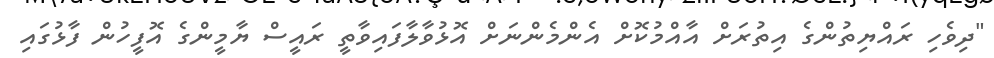
"ދިވެހި ރައްޔިތުންގެ އިތުރަށް އާއްމުކޮށް އެންމެންނަށް އޮޅުވާލާފައިވާތީ ރައީސް ޔާމީންގެ އޮފީހުން ފާޅުގައި